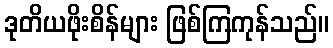
ဒုတိယဖိုးစိန်များ ဖြစ်ကြကုန်သည်။